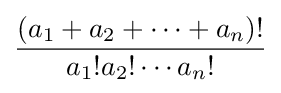
{\frac {(a_{1}+a_{2}+\cdots +a_{n})!}{a_{1}!a_{2}!\cdots a_{n}!}}